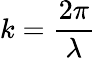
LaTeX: k={\frac{2\pi}{\lambda}}